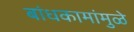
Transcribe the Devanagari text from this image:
बांधकामांमुळे